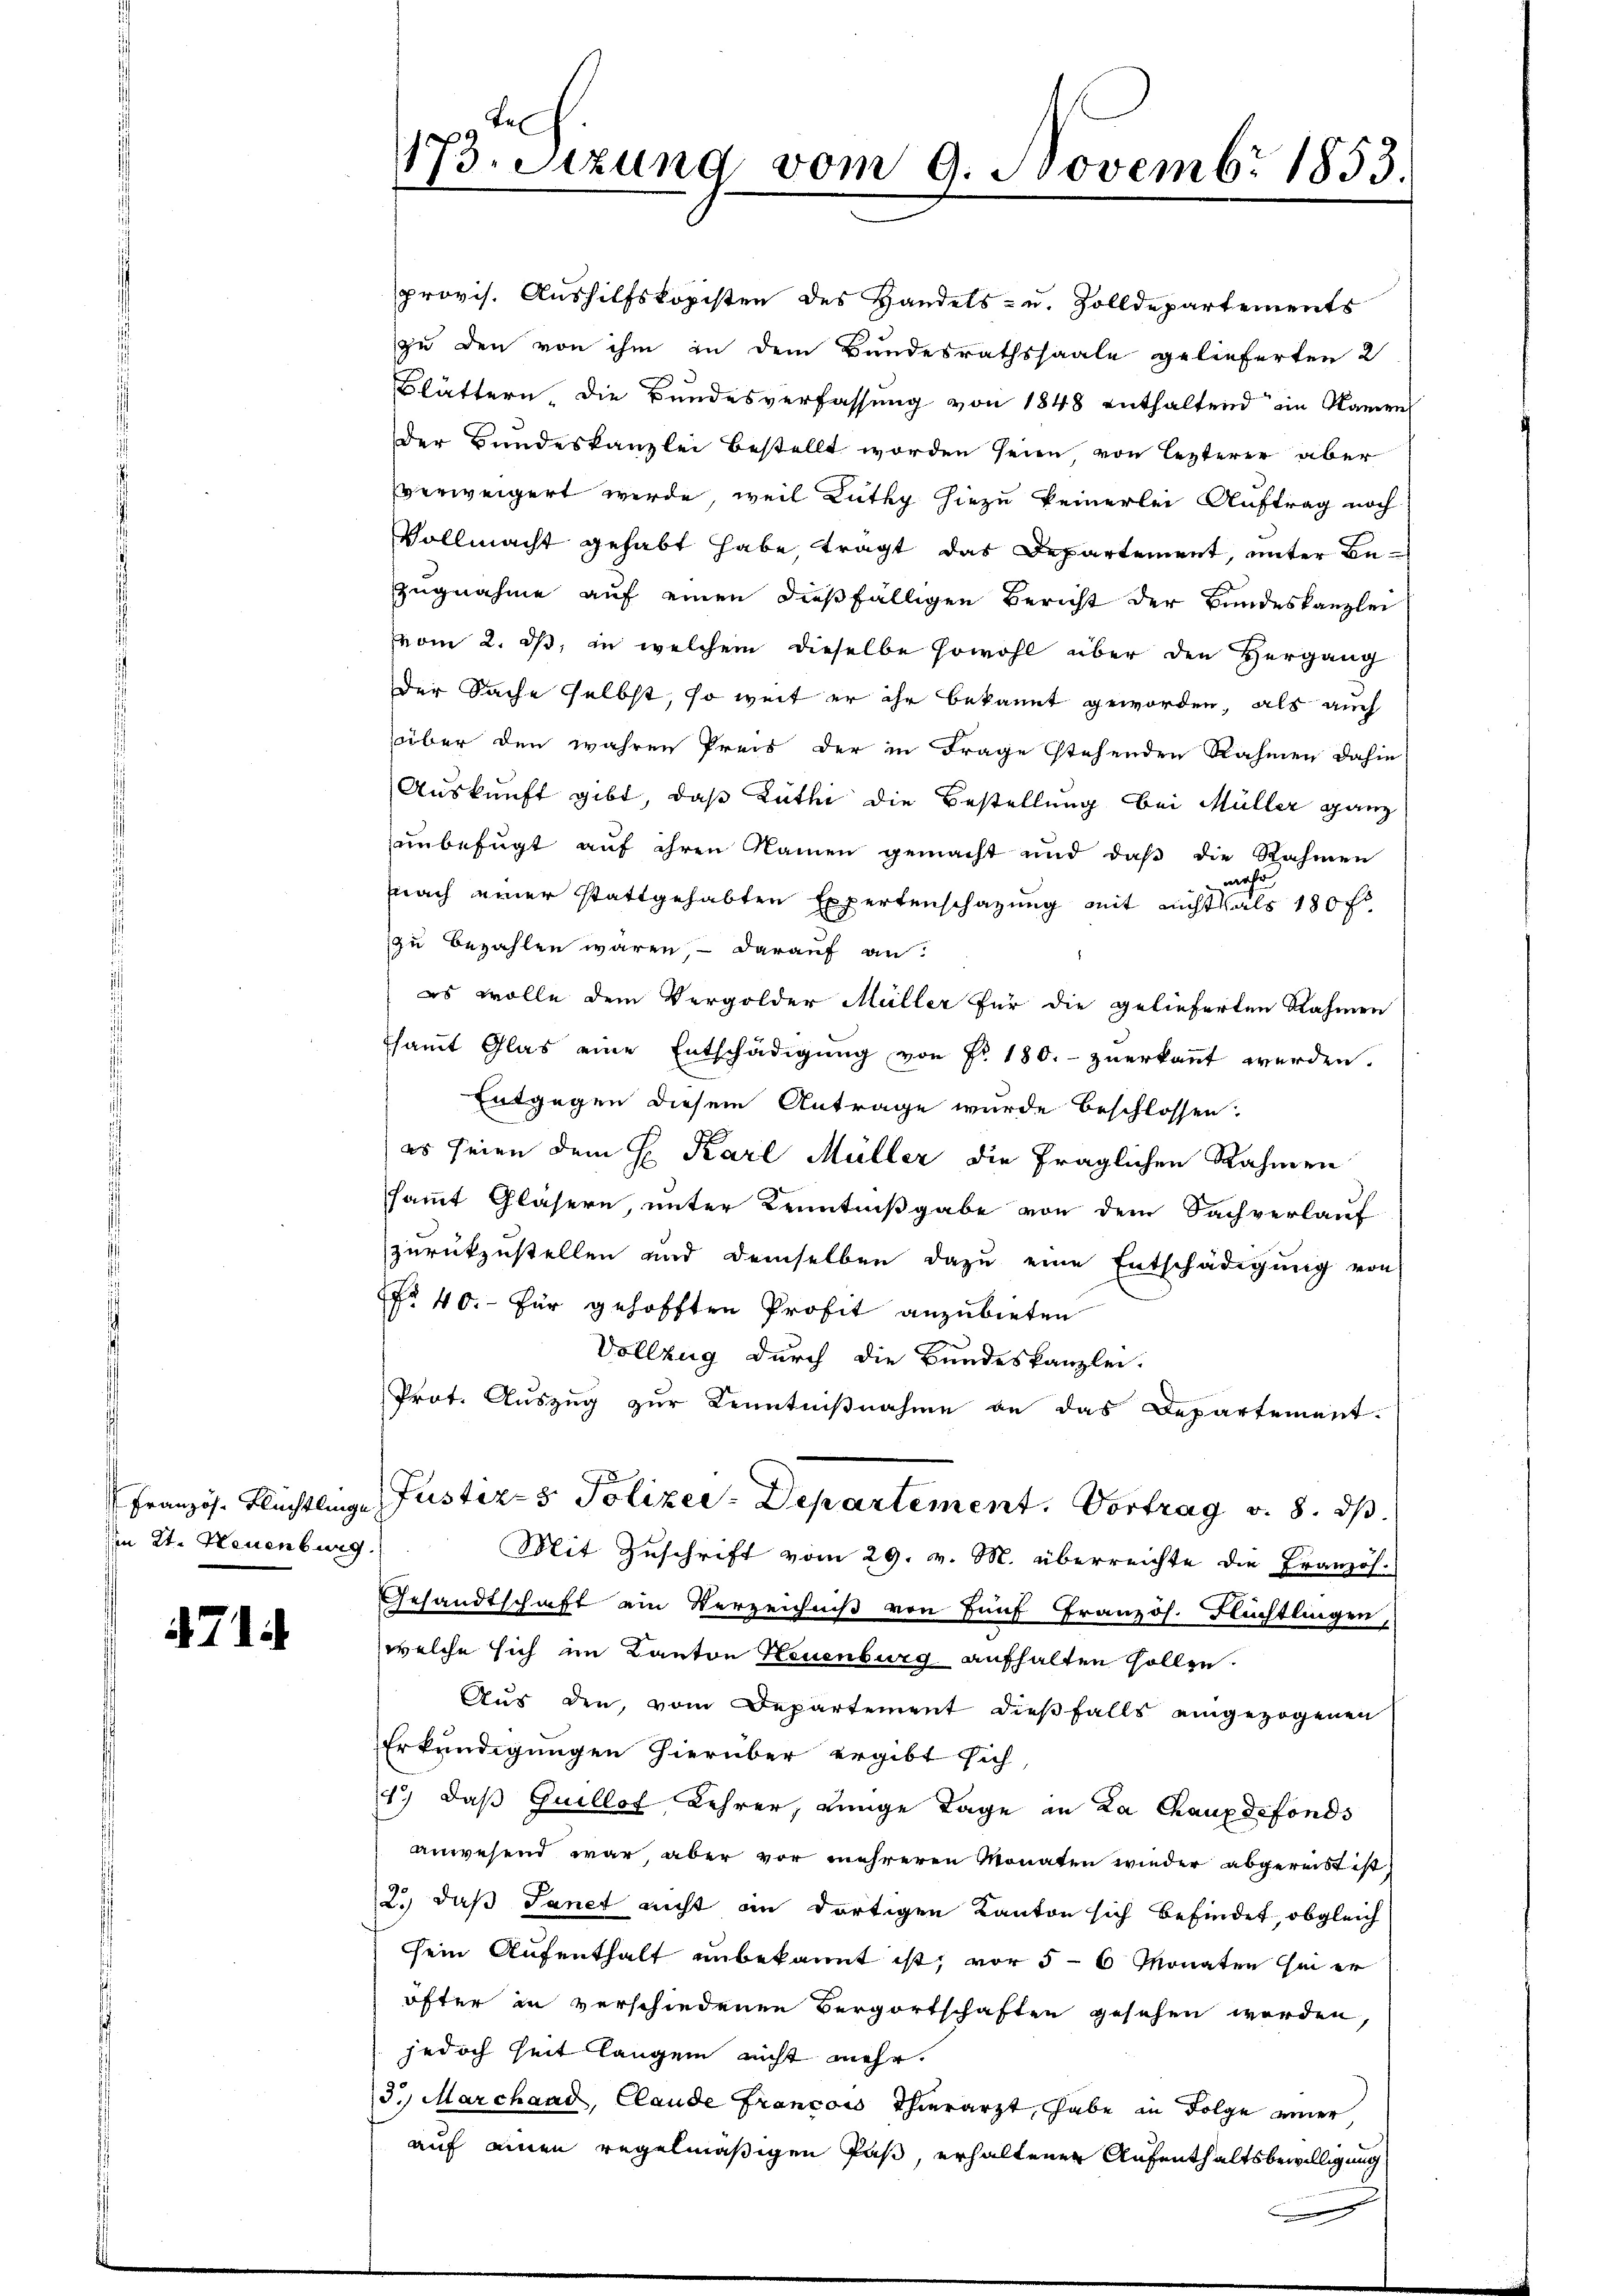
im 2t. Neuenburg

471

173. Sitzung vom 9. Novembr 1853.

provis. Aushilfskopisten des Handels- u. Zolldepartements
zu den von ihm in dem Bundesrathssaale gelieferten 2
Blättern, die Bundesverfassung von 1848 enthaltend ein Namen
Der Bundeskanzlei bestellt worden seien, von lezterer aber
verweigert werde, weil Lüthy hiezu keinerlei Auftrag noch
Vollmacht gehabt habe, tragt das Departement, unter Bezugnahme auf einen dießfälligen Bericht der Bundeskanzlei
vom 2. ds, in welchem dieselbe sowohl über den Hergang
Der Sache selbst, so weit er ihr bekannt geworden, als auch
süber den wahren Preis der in Frage stehenden Rahmen dahin,
Auskunft gibt, daß Zuthi die Bestellung bei Müller ganz
unbefugt auf ihren Namen gemacht und daβ die Nahmen
nach einer stattgehabten Expertenschazung mit nicht als 180 fl
zu bezahlen wären, – darauf an.
es wolle dem Vergolder Müller für die gelieferten Nahmen
samt Glas eine Entschädigŭng von Fr. 180.- zuerkannt werden.
Entgegen diesem Antrage wurde beschlossen:
es seien dem H. Karl Müller die fraglichen Rahmen
sammt Gläsern, unter Kenntnißgabe von dem Sachverlauf
zurückzustellen und demselben dazu eine Entschädigung von
No 40. für gehofften Profit anzubieten
Vollzug durch die Bundeskanzlei.
Prot. Auszug zur Kenntnißnahme de das Departement.
Französ. Flüchtlinge Justiz- & Polizer-Departement. Vortrag v. 8. ds.
Mit Zuschrift vom 29. v. M. überreichte die Französ.
Gesandtschaft ein Verzeichniß von fünf Französ. Flüchtlingen,
welche sich im Kanton Neuenburg aufhalten sollen.
Aus den, vom Departement dießfalls eingezogenen
Erkundigungen hierüber ergibt sich
1.) daß Guillof Lehrer, einge Tage in Ka Chauxdefonds
anwesend war, aber vor mehreren Monaten wieder abgereibt ist;
2.) daß Sanct nicht in dortigen Kanton sich befindet, obgleich
sein Aufenthalt unbekannt ist, vor 5-6 Monaten sei er
öfter in verschiedenen Bergortschaften gesehen werden,
jedoch Zeit langen nicht mehr.
3.) Marchaad, Claude Francois Thierarzt, habe in Folge einer
auf einen regelmäßigen Paß, erhaltenen Aufenthaltsbewilligung